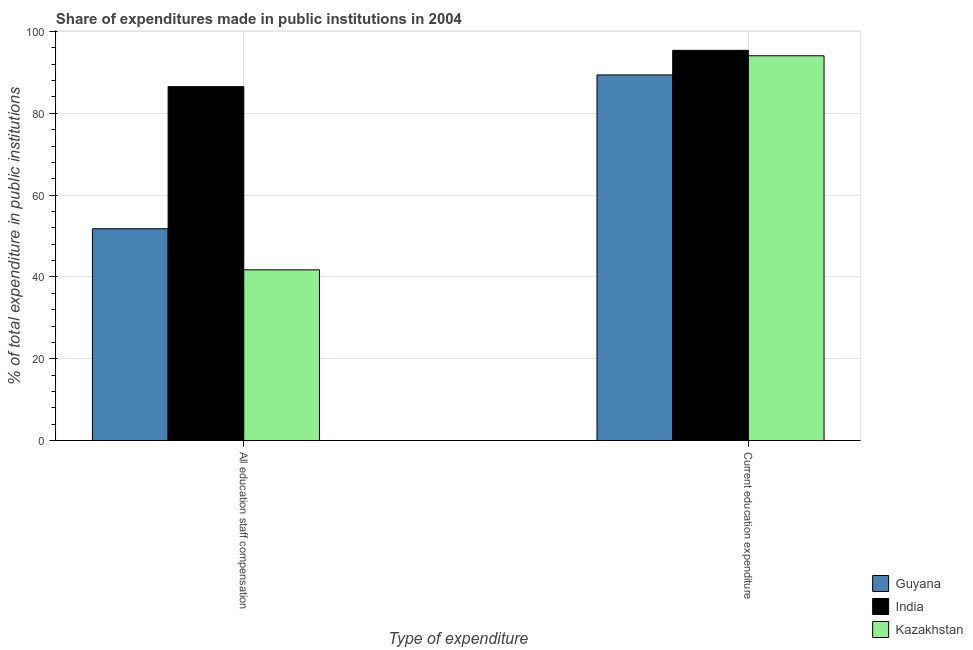
| Type of expenditure | Guyana | India | Kazakhstan |
 | --- | --- | --- | --- |
 | All education staff compensation | 51.8 | 86.5 | 41.7 |
 | Current education expenditure | 89.4 | 95.4 | 94.1 |